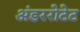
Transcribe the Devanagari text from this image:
अंडररोटेट